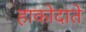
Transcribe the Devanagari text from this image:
हाकोदाते